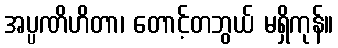
အပ္ပဏိဟိတာ၊ တောင့်တဘွယ် မရှိကုန်။